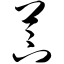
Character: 苄